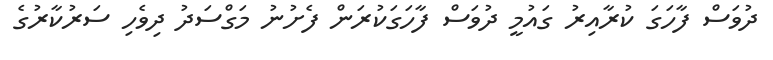
ދުވަސް ފާހަގަ ކުރާއިރު ގައުމީ ދުވަސް ފާހަގަކުރަން ފެށުނު މަގްސަދު ދިވެހި ސަރުކާރުގެ